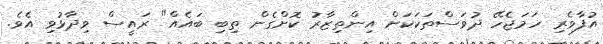
އުފާވެރި ހަމަޖެހޭ ދުވަސްތަކަކަށް އިންތިޒާރު ކޮށްގެން ތިބި ބައެއް" ރައީސް ވިދާޅުވި އެވެ.